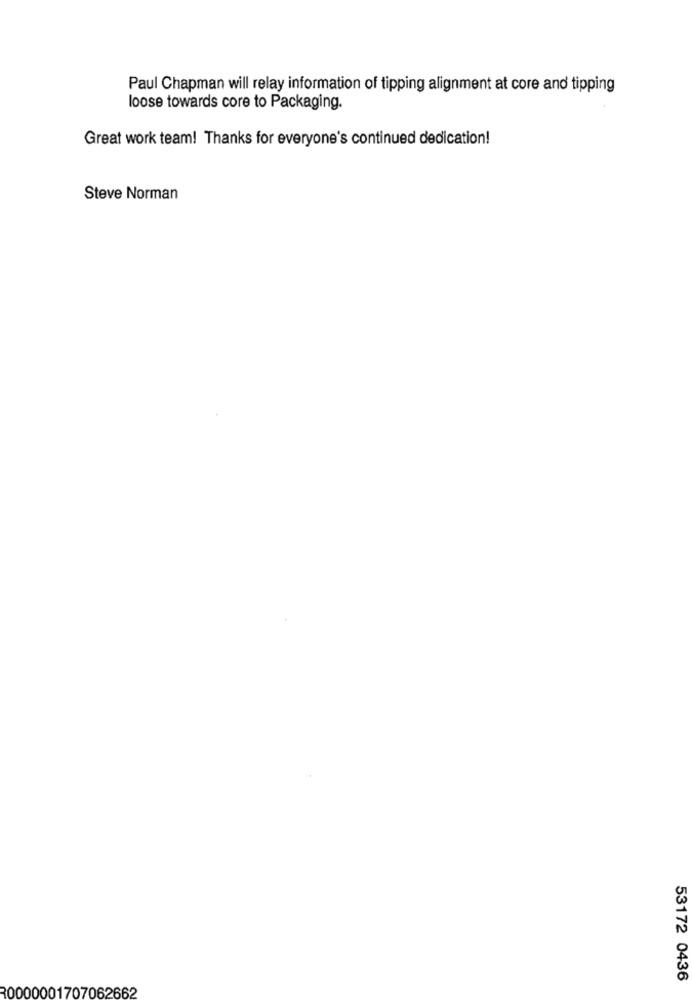
Paul Chapman will relay information of tipping alignment at core and tipping
loose towards core to Packaging.
Great work team! Thanks for everyone's continued dedication!
Steve Norman
53172 0436
30000001707062662